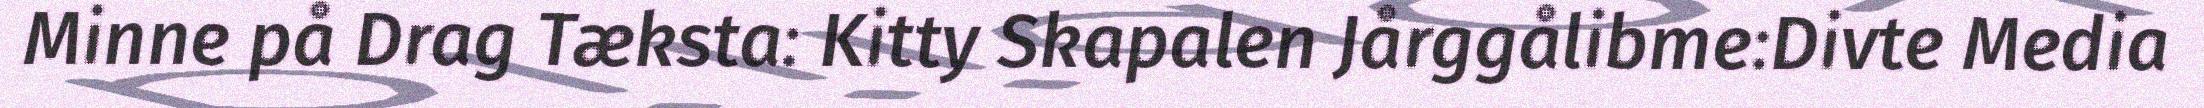
Minne på Drag Tæksta: Kitty Skapalen Jårggålibme:Divte Media